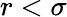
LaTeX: r<\sigma